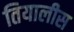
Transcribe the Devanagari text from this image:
तियालीस